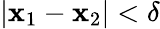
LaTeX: |\mathbf{x}_{1}-\mathbf{x}_{2}|<\delta